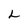
Character: L